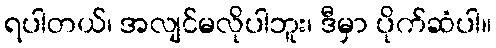
ရပါတယ်၊ အလျင်မလိုပါဘူး၊ ဒီမှာ ပိုက်ဆံပါ။